King Institute of Preventive Medicine Bacteriolog. Section reports 1907-08
Year: 1907
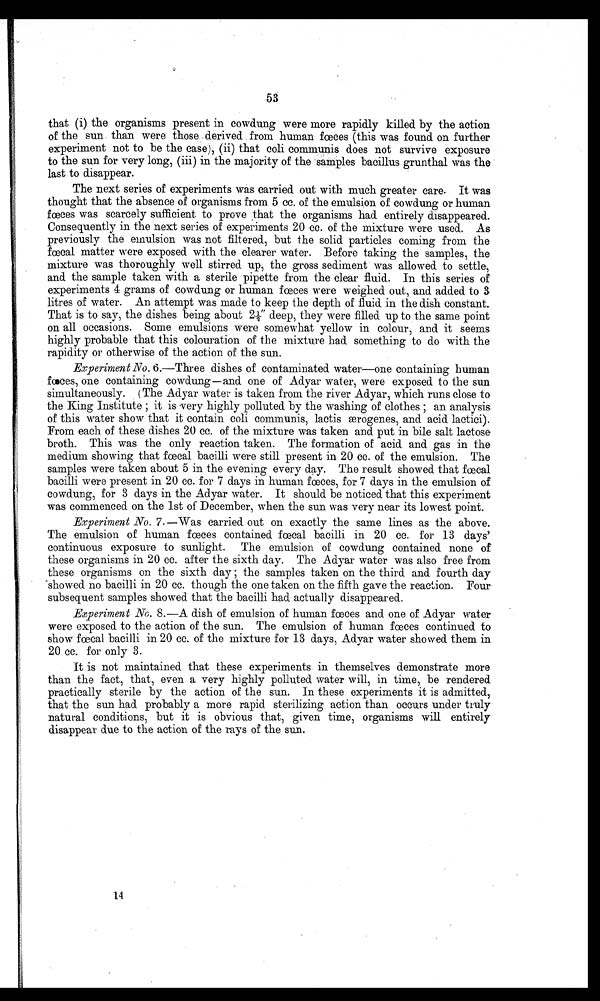
53
that (i) the organisms present in cowdung were more rapidly killed by the action
of the sun than were those derived from human fces (this was found on further
experiment not to be the case), (ii) that eoli communis does not survive exposure
to the sun for very long, (iii) in the majority of the samples bacillus grunthal was the
last to disappear.
The next series of experiments was carried out with much greater care. It was
thought that the absence of organisms from 5 cc. of the emulsion of cowdung or human
fwces was scarcely sufficient to prove that the organisms had entirely disappeared.
Consequently in the next series of experiments 20 cc. of the mixture were used. As
previously the emulsion was not filtered, but the solid particles coming from the
fœeal matter were exposed with the clearer water. Before taking the samples, the
mixture was thoroughly well stirred up, the gross sediment was allowed to settle,
and the sample taken with a sterile pipette from the clear fluid. In this series of
experiments 4 grams of cowdung or human fces were weighed out, and added to 3
litres of water. An attempt was made to keep the depth of fluid in the dish constant.
That is to say, the dishes being about 2 1/2" deep, they were filled up to the same point
on all occasions. Some emulsions were somewhat yellow in colour, and it seems.
highly probable that this colouration of the mixture had something to do with the
rapidity or otherwise of the action of the sun.
Experiment No. 6.—Three dishes of contaminated water—one containing human
faeces, one containing eowdung-and one of Adyar water, were exposed to the sun
simultaneously. ( The Adyar water is taken from the river Adyar, which runs close to
the King Institute ; it is very highly polluted by the washing of clothes ; an analysis
of this water show that it contain coli communes, lactis æærogenes, and acid lactici).
From each of these dishes 20 cc. of the mixture was taken and put in bile salt lactose
broth. This was the only reaction taken. The formation of acid and gas in the
medium showing that fcal bacilli were still present in 20 cc. of the emulsion. The
samples were taken about 5 in the evening every day. The result showed that
bacilli were present in 20 cc. for 7 days in human fces, for 7 days in the emulsion of
cowdung, for 3 days in the Adyar water. It should be noticed that this experiment
was commenced on the 1st of December, when the sun was very near its lowest point.
Experiment No. 7. —Was carried out on exactly the same lines as the above.
The emulsion of human faces contained faecal bacilli in 20 cc. for 13 da
fÒcal
ys'
continuous exposure to sunlight. The emulsion of cowdung contained none of
these organisms in 20 cc. after the sixth day. The Adyar water was also free from
these organisms on the sixth day ; the samples taken on the third and fourth day
'showed no bacilli in 20 cc. though the one taken on the fifth gave the reaction. Four
subsequent samples showed that the bacilli had actually disappeared.
Experiment No. 8.—A dish of emulsion of human faeces and one of Adyar water
were exposed to the action of the sun. The emulsion of human fces continued to
show faecal bacilli in 20 cc. of the mixture for 13 days, Adyar water showed them in
20 cc. for only 3.
It is not maintained that these experiments in themselves demonstrate more
than the fact, that, even a very highly polluted water will, in time, be rendered
practically sterile by the action of the sun. In these experiments it is admitted,
that the sun had probably a more rapid sterilizing action than occurs under truly
natural conditions, but it is obvious that, given time, organisms will entirely
disappear due to the action of the rays of the sun.